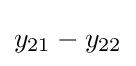
y_{21}-y_{22}